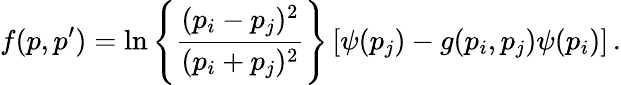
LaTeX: f(p,p^{\prime})=\ln\left\{ \frac{(p_{i}-p_{j})^{2}}{(p_{i}+p_{j})^{2}}\right\} \left[\psi(p_{j})-g(p_{i},p_{j})\psi(p_{i})\right]\, .